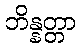
ဘိန္နတ္တာ